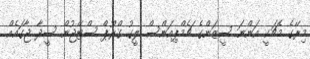
މިރޭގެ މެޗަކީ އަންނަ ސީޒަންގެ ޗެމްޕިއަންސް ލީގު ގްރޫޕް ސްޓޭޖުން ސީދާ ޖާގައެއް